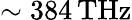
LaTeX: \sim 384\, \mathrm{THz}